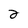
Character: 2